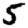
Digit: 5